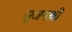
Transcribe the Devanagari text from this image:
सृजनश्री